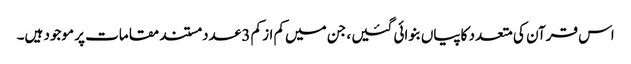
اس قرآن کی متعدد کاپیاں‌بنوائی گئیں ، جن میں‌کم از کم 3 عدد مستند مقامات پر موجود ہیں۔